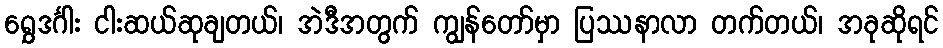
ရွှေဒင်္ဂါး ငါးဆယ်ဆုချတယ်၊ အဲဒီအတွက် ကျွန်တော်မှာ ပြဿနာလာ တက်တယ်၊ အခုဆိုရင်